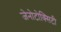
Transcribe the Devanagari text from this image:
जेनोटोक्सिटी